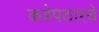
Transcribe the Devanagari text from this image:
कडेपठारचे